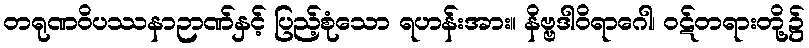
တရုဏဝိပဿနာဉာဏ်နှင့် ပြည့်စုံသော ရဟန်းအား။ နိဗ္ဗဒါဝိရာဂေါ၊ ဝဋ်တရားတို့၌